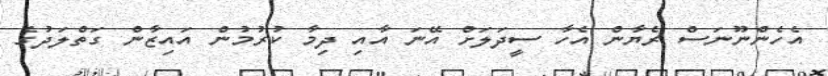
އެހެންނޫނަސް ރެޔާން އެހާ ސީދަލަށް އޭނަ އާއި ދިމާ ކުރުމުން އައިޒާން ގަތްލަދުގެ